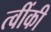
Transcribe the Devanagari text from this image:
त्वींकी